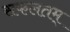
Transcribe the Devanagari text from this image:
सफलतम्